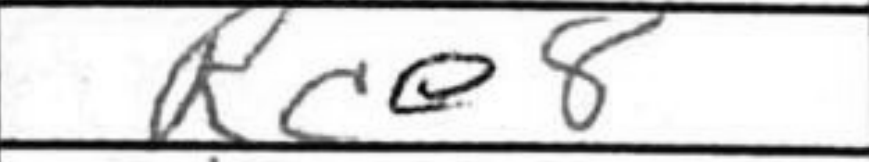
Transcription: Rce8